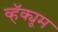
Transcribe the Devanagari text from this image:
व्हॅक्यूम